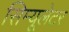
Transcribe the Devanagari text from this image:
सिम्यूलेटर